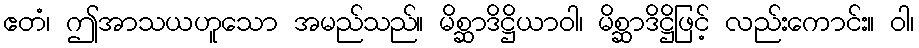
ဧတံ၊ ဤအာသယဟူသော အမည်သည်။ မိစ္ဆာဒိဋ္ဌိယာဝါ၊ မိစ္ဆာဒိဋ္ဌိဖြင့် လည်းကောင်း။ ဝါ၊